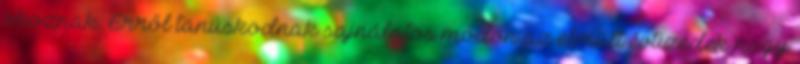
okoznak. Erről tanúskodnak sajnálatos módon az elmúlt évtizedek nagy